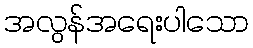
အလွန်အရေးပါသော